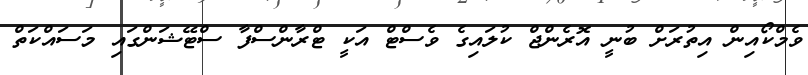
ވެމްކޯއިން އިތުރަށް ބުނީ އޮރެންޖް ކުލައިގެ ވެސްޓް އަކީ ޓްރާންސްފާ ސްޓޭޝަންގައި މަސައްކަތް